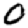
Digit: 0